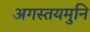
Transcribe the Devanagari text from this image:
अगस्तयमुनि